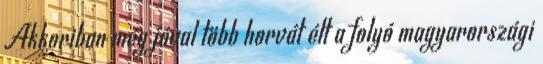
Akkoriban még jóval több horvát élt a folyó magyarországi